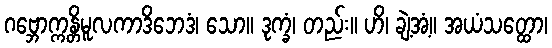
ဂဗ္ဘောက္ကန္တိမူလကာဒိဘေဒံ၊ သော။ ဒုက္ခံ၊ တည်း။ ဟိ၊ ချဲ့အံ့။ အယံသတ္ထော၊